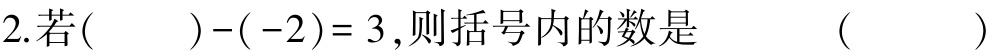
2. 若$(\quad)-(-2)=3$，则括号内的数是  （  ）